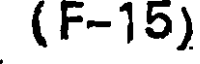
(F-15)